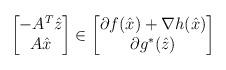
LaTeX: \begin{align*}\begin{bmatrix} -A^T\hat z \\ A\hat x \end{bmatrix} \in \begin{bmatrix} \partial f(\hat x)+\nabla h(\hat x) \\\partial g^\ast(\hat z) \end{bmatrix}\end{align*}